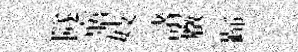
隧寤妓諸癥蹄